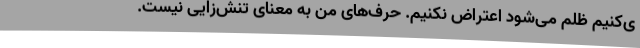
ی‌کنیم ظلم می‌شود اعتراض نکنیم. حرف‌های من به معنای تنش‌زایی نیست.